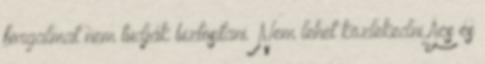
forgalmat nem tudják biztosítani. Nem lehet közlekedni Ács és